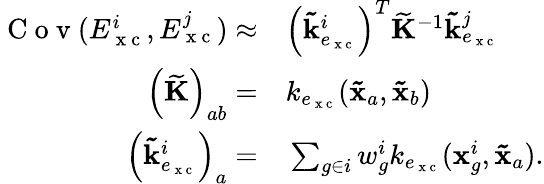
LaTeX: \begin{array}{rl}{\mathrm{~C~o~v~}(E_{\mathrm{~x~c~}}^{i},E_{\mathrm{~x~c~}}^{j})\approx}&{{}\left(\mathbf{\tilde{k}}_{e_{\mathrm{~x~c~}}}^{i}\right)^{T}\mathbf{\widetilde{K}}^{-1}\mathbf{\tilde{k}}_{e_{\mathrm{~x~c~}}}^{j}}\\ {\left(\mathbf{\widetilde{K}}\right)_{ab}=}&{{}k_{e_{\mathrm{~x~c~}}}(\mathbf{\tilde{x}}_{a},\mathbf{\tilde{x}}_{b})}\\ {\left(\mathbf{\tilde{k}}_{e_{\mathrm{~x~c~}}}^{i}\right)_{a}=}&{{}\sum_{g\in i}w_{g}^{i}k_{e_{\mathrm{~x~c~}}}(\mathbf{x}_{g}^{i},\mathbf{\tilde{x}}_{a}).}\end{array}